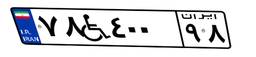
۴۳W۴۷۵۸۸